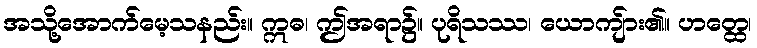
အသို့အောက်မေ့သနည်း။ ဣဓ၊ ဤအရာ၌။ ပုရိသဿ၊ ယောကျ်ား၏။ ဟတ္ထေ၊